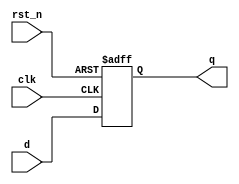
module mem_reg(
  clk, rst_n, d, q
);
  input clk, rst_n;
  input [7:0] d;
  output reg [7:0] q;

  always @(posedge clk or negedge rst_n) begin
    if(!rst_n) begin 
      q <= 0;
    end 
    else begin
      q <= d;
    end 
  end 
endmodule